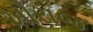
ખોરાજ